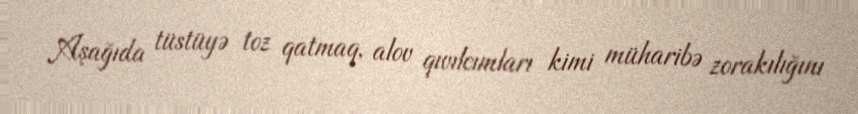
Aşağıda tüstüyə toz qatmaq, alov qıvılcımları kimi müharibə zorakılığını